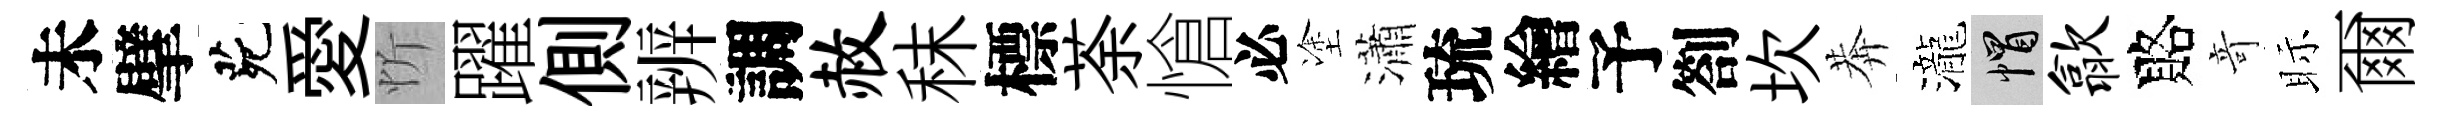
未擘茕愛忻躍側辨調赦秣標荼愴必塗瀟琉繪予劄坎莾瀧帽歙賂竒眎爾